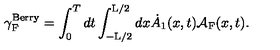
{ \gamma } _ { \mathrm { F } } ^ { \mathrm { B e r r y } } = \int _ { 0 } ^ { T } d t \int _ { - \mathrm { L } / 2 } ^ { \mathrm { L } / 2 } d x \dot { A } _ { 1 } ( x , t ) { \cal A } _ { \mathrm { F } } ( x , t ) .